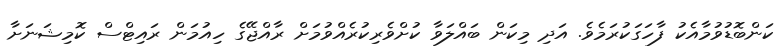
ކަންބޮޑުވުމާއެކު ފާހަގަކުރަމެވެ. އަދި މިކަން ބައްލަވާ ކުށްވެރިކުރެއްވުމަށް ރާއްޖޭގެ ހިއުމަން ރައިޓްސް ކޮމިޝަނަށާ